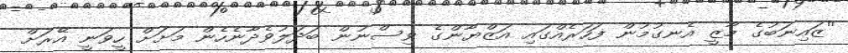
''ޒައިނަބުގެ މާޒީ އެނގުމުން ފަހަރެއްގައި އަޒްޔާންގެ ވިސްނުން ބަދަލުވެދާނެހެން މަށަށް ހީވަނީ އޭރަށް